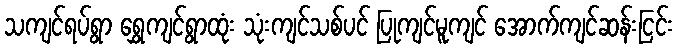
သကျင်ရပ်ရွာ ရွှေကျင်ရွာထုံး သုံးကျင်သစ်ပင် ပြုကျင်မူကျင် အောက်ကျင်ဆန်းငြင်း